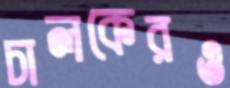
চালকেরও